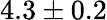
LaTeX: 4.3\pm 0.2